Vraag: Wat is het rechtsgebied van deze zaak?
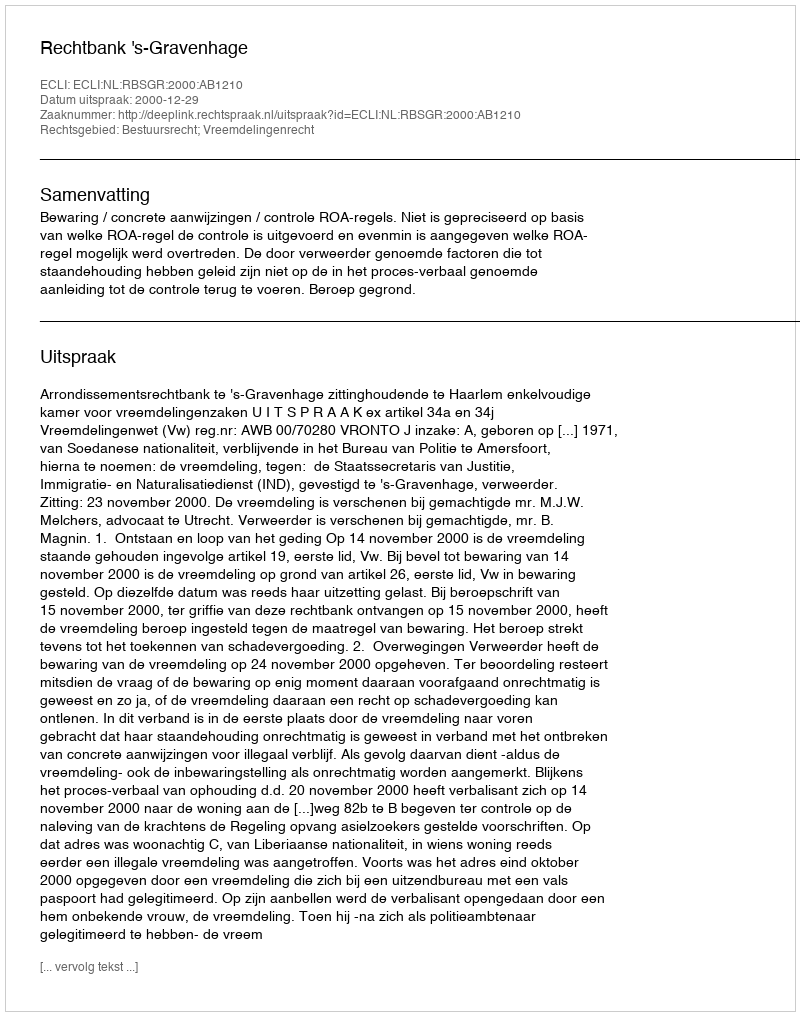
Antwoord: Bestuursrecht; Vreemdelingenrecht